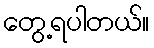
တွေ့ရပါတယ်။